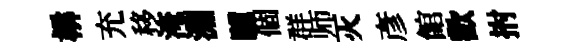
楙充移淹淵驥個群师灭彥館歡拊